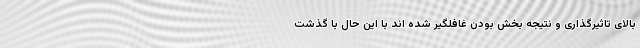
بالای تاثیرگذاری و نتیجه بخش بودن غافلگیر شده اند با این حال با گذشت